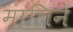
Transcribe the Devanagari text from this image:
मालिने